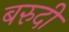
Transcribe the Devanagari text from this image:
बरुदी